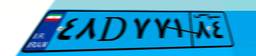
۴۸D۷۷۱۸۴